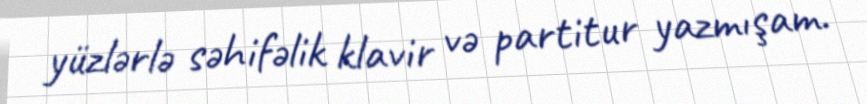
yüzlərlə səhifəlik klavir və partitur yazmışam.